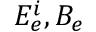
E _ { e } ^ { i } , B _ { e }